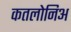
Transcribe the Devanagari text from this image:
कतलोनिअ